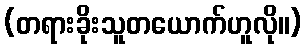
(တရားခိုးသူတယောက်ဟူလို။)